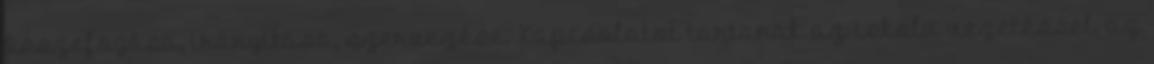
összefogása, irányítása, szervezése. Kapcsolatot tartanak az iskola vezetéssel, az